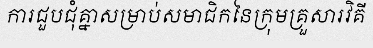
ការជួបជុំគ្នាសម្រាប់សមាជិកនៃក្រុមគ្រួសារវិគី